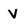
Character: V